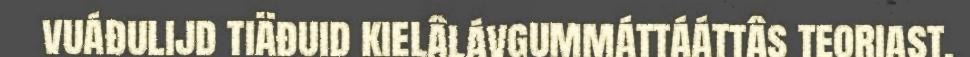
vuáđulijd tiäđuid kielâlávgummáttááttâs teoriast,